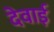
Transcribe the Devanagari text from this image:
देवाई